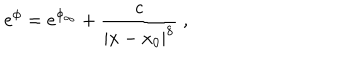
LaTeX: e ^ { \phi } = e ^ { \phi _ { \infty } } + \frac { c } { | x - x _ { 0 } | ^ { 8 } } \ ,